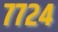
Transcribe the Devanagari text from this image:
७७२४